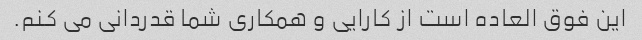
این فوق العاده است از کارایی و همکاری شما قدردانی می کنم.